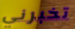
تخبرني